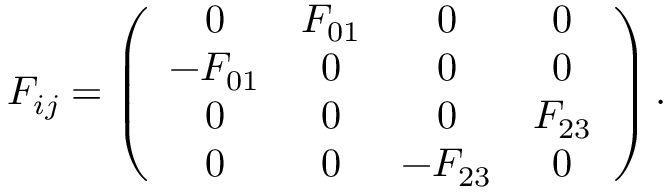
{ \cal F } _ { i j } = \left( \begin{array} { c c c c } { { 0 } } & { { { \cal F } _ { 0 1 } } } & { { 0 } } & { { 0 } } \\ { { - { \cal F } _ { 0 1 } } } & { { 0 } } & { { 0 } } & { { 0 } } \\ { { 0 } } & { { 0 } } & { { 0 } } & { { { \cal F } _ { 2 3 } } } \\ { { 0 } } & { { 0 } } & { { - { \cal F } _ { 2 3 } } } & { { 0 } } \end{array} \right) .